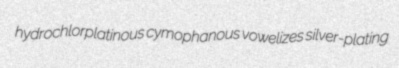
hydrochlorplatinous cymophanous vowelizes silver-plating